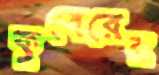
কুবেরের